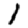
Digit: 1